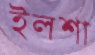
ইলশা